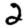
Digit: 2